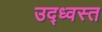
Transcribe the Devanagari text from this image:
उद्‍ध्वस्त